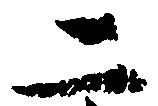
二